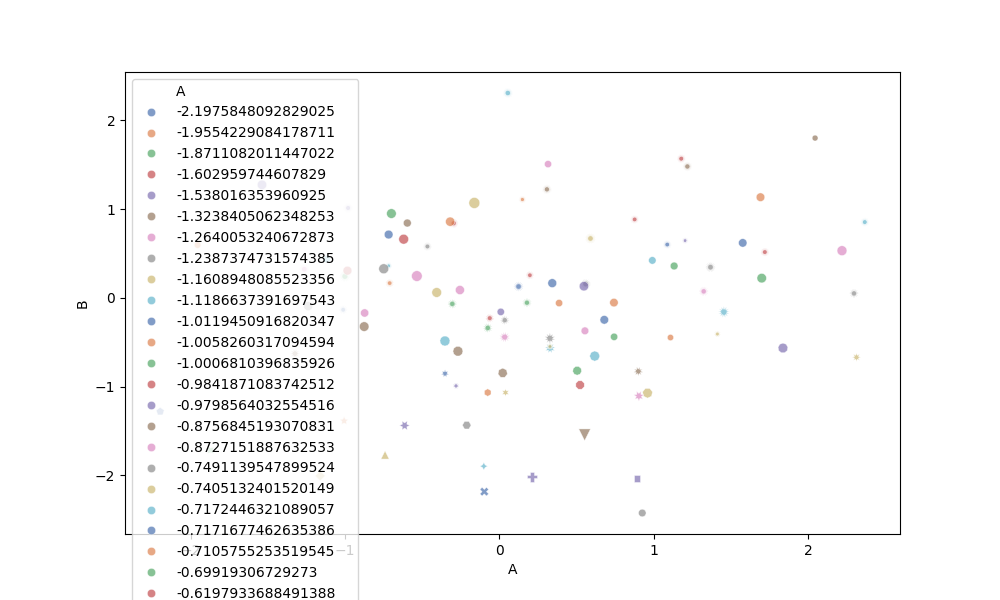
python, seaborn, scatterplot, hue='A', style='B', size='C', palette='deep', alpha=0.7